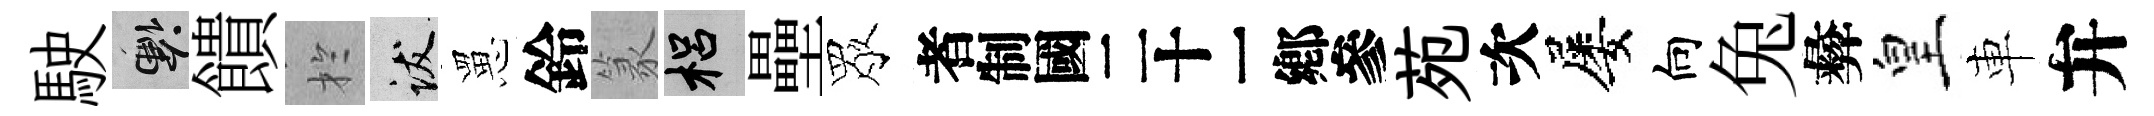
駛懸饋扵跋罳鈴篆梠壘眾识苑次屡向兔彜皇車弁